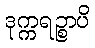
ဒုက္ကရဉ္စာပိ